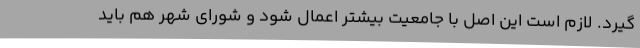
گیرد. لازم است این اصل با جامعیت بیشتر اعمال شود و شورای شهر هم باید